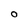
Character: O